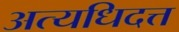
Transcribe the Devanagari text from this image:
अत्यधिदत्त